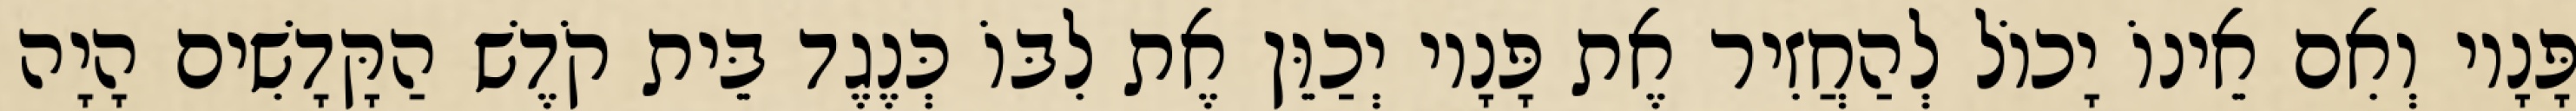
פָּנָיו וְאִם אֵינוֹ יָכוֹל לְהַחֲזִיר אֶת פָּנָיו יְכַוֵּן אֶת לִבּוֹ כְּנֶגֶד בֵּית קֹדֶשׁ הַקָּדָשִׁים הָיָה